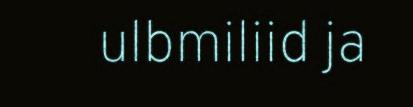
ulbmiliid ja